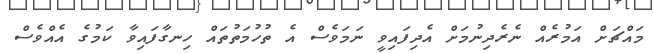
މައްޗަށް އަމުރެއް ނެރެދިނުމަށް އެދިފައިވީ ނަމަވެސް އެ ތުހުމަތުތައް ހިނގާފައިވާ ކަމުގެ އެއްވެސް